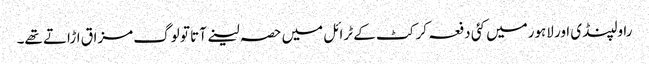
راولپنڈی اور لاہورمیں کئی دفعہ کرکٹ کے ٹرائل میں حصہ لینے آتا تو لوگ مزاق اڑاتے تھے۔